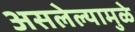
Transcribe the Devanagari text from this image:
असलेल्यामुळे